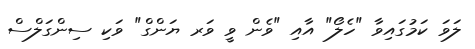
ލަވަ ކަމުގައިވާ "ހެލޯ" އާއި "ވެން ވީ ވަރ ޔަންގް" ވަކި ސިންގަލްސް